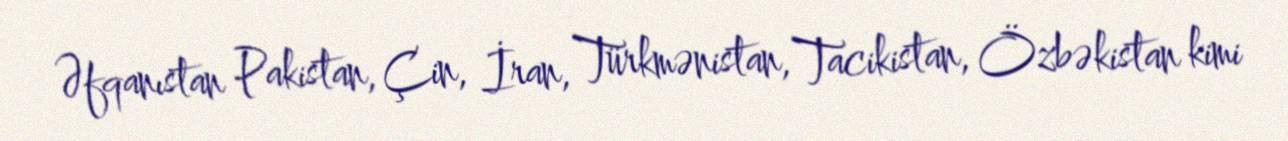
Əfqanıstan Pakistan, Çin, İran, Türkmənistan, Tacikistan, Özbəkistan kimi